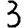
Digit: 3